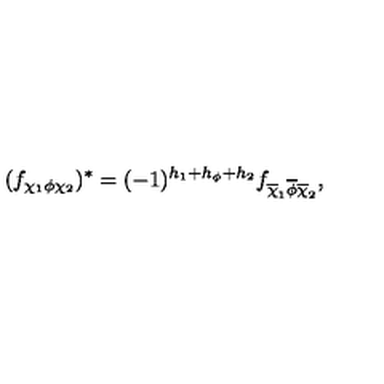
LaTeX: ( f _ { \chi _ { 1 } \phi \chi _ { 2 } } ) ^ { \ast } = ( - 1 ) ^ { h _ { 1 } + h _ { \phi } + h _ { 2 } } f _ { \overline { \chi } _ { 1 } \overline { \phi } \overline { \chi } _ { 2 } } ,